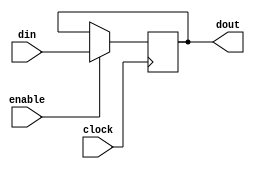
`timescale 1ns / 1ps
`default_nettype none

/*
**********************************************************
** Logic Design Final Project Fall, 2019 Semester
** Amirkabir University of Technology (Tehran Polytechnic)
** Department of Computer Engineering (CEIT-AUT)
** Logic Circuit Design Laboratory
** https://ceit.aut.ac.ir
**********************************************************
** Student ID: XXXXXXX
** Student ID: XXXXXXX
**********************************************************
** Module Name: Register7Bit
**********************************************************
** Additional Comments:
*/

module Register7Bit(
        clock,
        enable,
        din,
        dout);

input clock;
input enable;
input [6:0] din;
output [6:0] dout;

reg [6:0] data;

	always @(posedge clock) 
	begin : proc_data
		if(enable) begin
			data <= din;
		end
	end

	assign dout = data;

endmodule